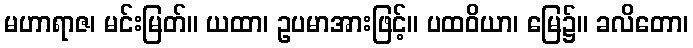
မဟာရာဇ၊ မင်းမြတ်။ ယထာ၊ ဥပမာအားဖြင့်။ ပထဝိယာ၊ မြေ၌။ ခလိတော၊